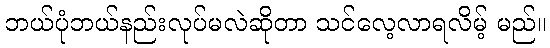
ဘယ်ပုံဘယ်နည်းလုပ်မလဲဆိုတာ သင်လေ့လာရလိမ့် မည်။